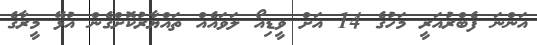
އަންނަ ފެބްރުއަރީ މަހުގެ 14 އަށް ވީޑިއޯ ލަވައެއް ތައްޔާރުކޮށްގެން އުޅޭ މީރާގެ